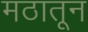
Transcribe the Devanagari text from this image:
मठातून